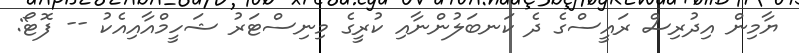
ޔާމިން އިދުރިސް ރައީސްގެ ދެ ކަނބަލުންނާއި ކުރީގެ މިނިސްޓަރު ޝަހީމްއާއިއެކު -- ފޮޓޯ: